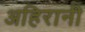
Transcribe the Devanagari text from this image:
अहिरानी